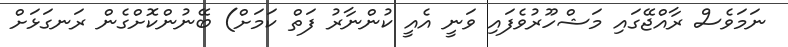
ނަމަވެސް ރާއްޖޭގައި މަޝްހޫރުވެފައި ވަނީ އެއީ ކުންނާރު ފަތް ކަމަށް) ބޭނުންކޮށްގެން ރަނގަޅަށް